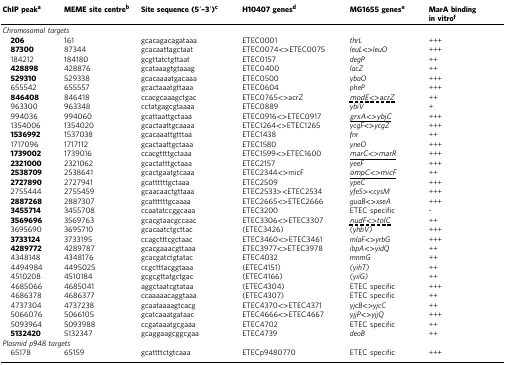
<table><thead><tr><td><b>ChIP peak<sup>a</sup></b></td><td><b>MEME site centre<sup>b</sup></b></td><td><b>Site sequence (5′–3′)<sup>c</sup></b></td><td><b>H10407 genes<sup>d</sup></b></td><td><b>MG1655 genes<sup>e</sup></b></td><td><b>MarA binding in vitro<sup>f</sup></b></td></tr></thead><tbody><tr><td colspan="6"><i>Chromosomal targets</i></td></tr><tr><td> <b>206</b></td><td>161</td><td>gcacagacagataaa</td><td>ETEC0001</td><td><i>thrL</i></td><td>+++</td></tr><tr><td> <b>87300</b></td><td>87344</td><td>gcacaattagctaat</td><td>ETEC0074&lt;&gt;ETEC0075</td><td><i>leuL&lt;&gt;leuO</i></td><td>+++</td></tr><tr><td> 184212</td><td>184180</td><td>gcgttatctgttaat</td><td>ETEC0157</td><td><i>degP</i></td><td>++</td></tr><tr><td> <b>428898</b></td><td>428876</td><td>gcataaagtgtaaag</td><td>ETEC0400</td><td><i>lacZ</i></td><td>++</td></tr><tr><td> <b>529310</b></td><td>529338</td><td>gcacaaaatgacaaa</td><td>ETEC0500</td><td><i>ybaO</i></td><td>+++</td></tr><tr><td> 655542</td><td>655557</td><td>gcactaaatgttaaa</td><td>ETEC0604</td><td><i>pheP</i></td><td>+++</td></tr><tr><td> <b>846408</b></td><td>846418</td><td>ccacgcaaagctgac</td><td>ETEC0765&lt;&gt;acrZ</td><td><underline>modE&lt;&gt;acrZ</underline></td><td>++</td></tr><tr><td> 963300</td><td>963348</td><td>cctatgagcgtaaaa</td><td>ETEC0889</td><td><i>ybiV</i></td><td>+</td></tr><tr><td> 994036</td><td>994060</td><td>gcattaattgctaaa</td><td>ETEC0916&lt;&gt;ETEC0917</td><td><underline>grxA&lt;&gt;ybjC</underline></td><td>+++</td></tr><tr><td> 1354006</td><td>1354020</td><td>gcactaattgcaaaa</td><td>ETEC1264&lt;&gt;ETEC1265</td><td><i>ycgF&lt;&gt;ycgZ</i></td><td>+++</td></tr><tr><td> <b>1536992</b></td><td>1537038</td><td>gcacaaattgtttaa</td><td>ETEC1438</td><td><i>fnr</i></td><td>++</td></tr><tr><td> 1717096</td><td>1717112</td><td>gcactaattgctaaa</td><td>ETEC1580</td><td><i>yneO</i></td><td>+++</td></tr><tr><td> <b>1739002</b></td><td>1739016</td><td>ccacgttttgctaaa</td><td>ETEC1599&lt;&gt;ETEC1600</td><td><underline>marC&lt;&gt;marR</underline></td><td>+++</td></tr><tr><td> <b>2321000</b></td><td>2321062</td><td>gcactatttgctaaa</td><td>ETEC2157</td><td><i>yeeF</i></td><td>+++</td></tr><tr><td> <b>2538709</b></td><td>2538641</td><td>gcactgaatgtcaaa</td><td>ETEC2344&lt;&gt;micF</td><td><underline>ompC&lt;&gt;micF</underline></td><td>++</td></tr><tr><td> <b>2727890</b></td><td>2727941</td><td>gcattttttgctaaa</td><td>ETEC2509</td><td><i>ypeC</i></td><td>+++</td></tr><tr><td> 2755444</td><td>2755459</td><td>gcaacaactgttaaa</td><td>ETEC2533&gt;&lt;ETEC2534</td><td><i>yfeS&gt;&lt;cysM</i></td><td>+++</td></tr><tr><td> <b>2887268</b></td><td>2887307</td><td>gcattttttgcaaaa</td><td>ETEC2665&lt;&gt;ETEC2666</td><td><i>guaB&lt;&gt;xseA</i></td><td>+++</td></tr><tr><td> <b>3455714</b></td><td>3455708</td><td>ccaatatccggcaaa</td><td>ETEC3200</td><td>ETEC specific</td><td>-</td></tr><tr><td> <b>3569696</b></td><td>3569763</td><td>gcacgtaacgccaac</td><td>ETEC3306&lt;&gt;ETEC3307</td><td><underline>nudF&lt;&gt;tolC</underline></td><td>++</td></tr><tr><td> 3695690</td><td>3695710</td><td>gcacaatctgcttac</td><td>(ETEC3426)</td><td><i>(yhbV)</i></td><td>+++</td></tr><tr><td> <b>3733124</b></td><td>3733195</td><td>ccagctttcgctaac</td><td>ETEC3460&lt;&gt;ETEC3461</td><td><i>mlaF&lt;&gt;yrbG</i></td><td>+++</td></tr><tr><td> <b>4289772</b></td><td>4289787</td><td>gcacgaaacgttaaa</td><td>ETEC3977&lt;&gt;ETEC3978</td><td><i>ibpA&lt;&gt;yidQ</i></td><td>++</td></tr><tr><td> 4348148</td><td>4348176</td><td>gcacgatctgtatac</td><td>ETEC4032</td><td><i>mnmG</i></td><td>++</td></tr><tr><td> 4494984</td><td>4495025</td><td>ccgctttacggtaaa</td><td>(ETEC4151)</td><td><i>(yihT)</i></td><td>++</td></tr><tr><td> 4510208</td><td>4510184</td><td>gcgcgttatgctgac</td><td>(ETEC4166)</td><td><i>(yiiG)</i></td><td>++</td></tr><tr><td> 4685066</td><td>4685041</td><td>aggctaatcgtataa</td><td>(ETEC4304)</td><td>ETEC specific</td><td>+++</td></tr><tr><td> 4686378</td><td>4686377</td><td>ccaaaaacaggtaaa</td><td>(ETEC4307)</td><td>ETEC specific</td><td>++</td></tr><tr><td> 4737304</td><td>4737238</td><td>gcaataaaagtcacg</td><td>ETEC4370&lt;&gt;ETEC4371</td><td><i>yjcB&lt;&gt;yjcC</i></td><td>++</td></tr><tr><td> 5066076</td><td>5066105</td><td>gcatcaaatgataac</td><td>ETEC4666&lt;&gt;ETEC4667</td><td><i>yjjP&lt;&gt;yjjQ</i></td><td>+++</td></tr><tr><td> 5093964</td><td>5093988</td><td>ccgataaatgcgaaa</td><td>ETEC4702</td><td>ETEC specific</td><td>++</td></tr><tr><td> <b>5132420</b></td><td>5132347</td><td>gcaggaagcggcgaa</td><td>ETEC4739</td><td><i>deoB</i></td><td>++</td></tr><tr><td colspan="6"><i>Plasmid p948 targets</i></td></tr><tr><td> 65178</td><td>65159</td><td>gcattttctgtcaaa</td><td>ETECp9480770</td><td>ETEC specific</td><td>+++</td></tr></tbody></table>